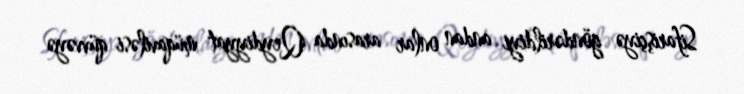
Sifarişçiyə göndərildiyi andan onlar arasında Qeydiyyat müqaviləsi qüvvəyə